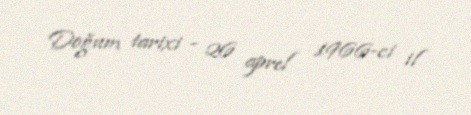
Doğum tarixi - 26 aprel 1966-ci il